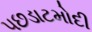
પછડાટમોદી